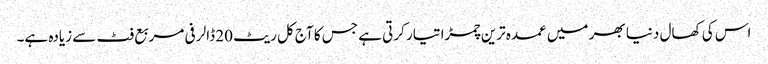
اس کی کھال دنیا بھر میں عمدہ ترین چمڑا تیار کرتی ہے جس کا آج کل ریٹ 20 ڈالر فی مربع فٹ سے زیادہ ہے۔